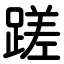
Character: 蹉